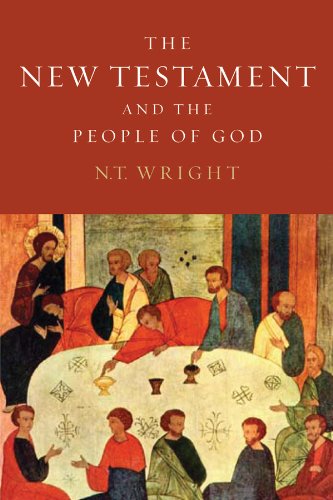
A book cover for The New Testament and the People of God/ Christian Origins and the Question of God, Vol.1; N. T. Wright; Christian Books & Bibles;